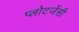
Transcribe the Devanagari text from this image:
प्लोटजेंसी